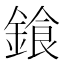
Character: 𨩭